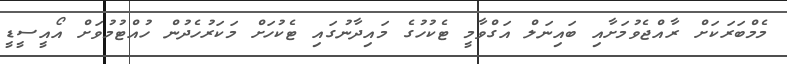
މެމްބަރަކަށް ރާއްޖެވުމަށާއި ބައިނަލް އަގްވާމީ ޓެކުހުގެ މައިދާނުގައި ޓެކުހަށް މަކަރުހެދުން ހުއްޓުމުވަށް އޯއީސީޑީ